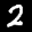
Label: 2